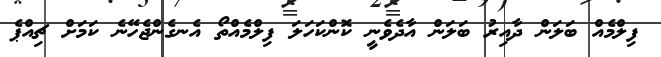
ފިލްމެއް ބަލަން ދާއިރު ބަލަން އާދެވެނީ ކޮންކަހަލަ ފިލްމެއްތޯ އެނގެންޖެހޭނެ ކަމަށް ޗިއްޕެ